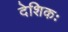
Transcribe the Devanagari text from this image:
देशिकः